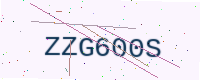
Text: ZZG600S